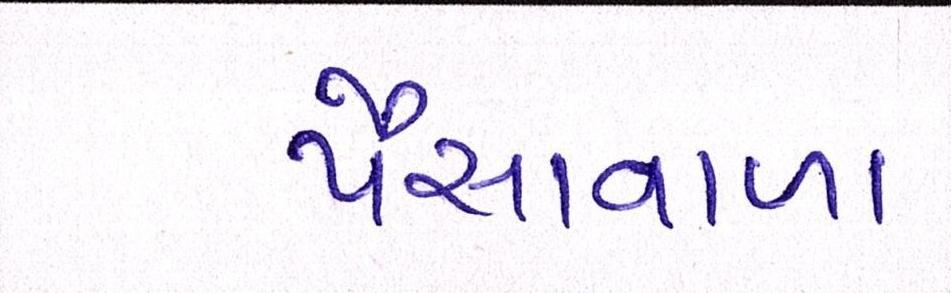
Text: પૈસાવાળા